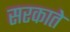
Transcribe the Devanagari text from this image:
सरकाते